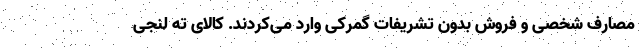
مصارف شخصی و فروش بدون تشریفات گمرکی وارد می‌کردند. کالای ته لنجی